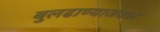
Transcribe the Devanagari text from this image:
बुलढाण्याजवळ